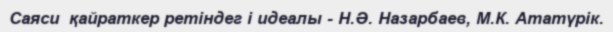
Саяси  қайраткер ретіндег і идеалы - Н.Ә. Назарбаев, М.К. Ататүрік.